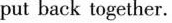
put back together.